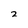
Character: 2